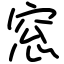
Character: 窓